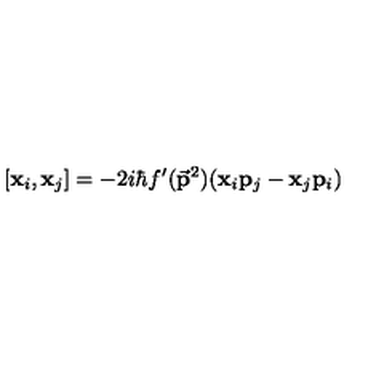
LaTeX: [ { \bf { x } } _ { i } , { \bf { x } } _ { j } ] = - 2 i \hbar f ^ { \prime } ( { \bf \vec { p } } ^ { 2 } ) ( { \bf { x } } _ { i } { \bf { p } } _ { j } - { \bf { x } } _ { j } { \bf { p } } _ { i } )